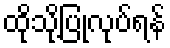
ထိုသို့ပြုလုပ်ရန်